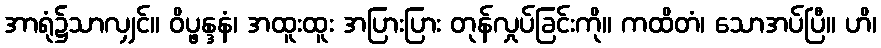
အာရုံ၌သာလျှင်။ ဝိပ္ဖန္ဒနံ၊ အထူးထူး အပြားပြား တုန်လှုပ်ခြင်းကို။ ကထိတံ၊ သောအပ်ပြီ။ ဟိ၊